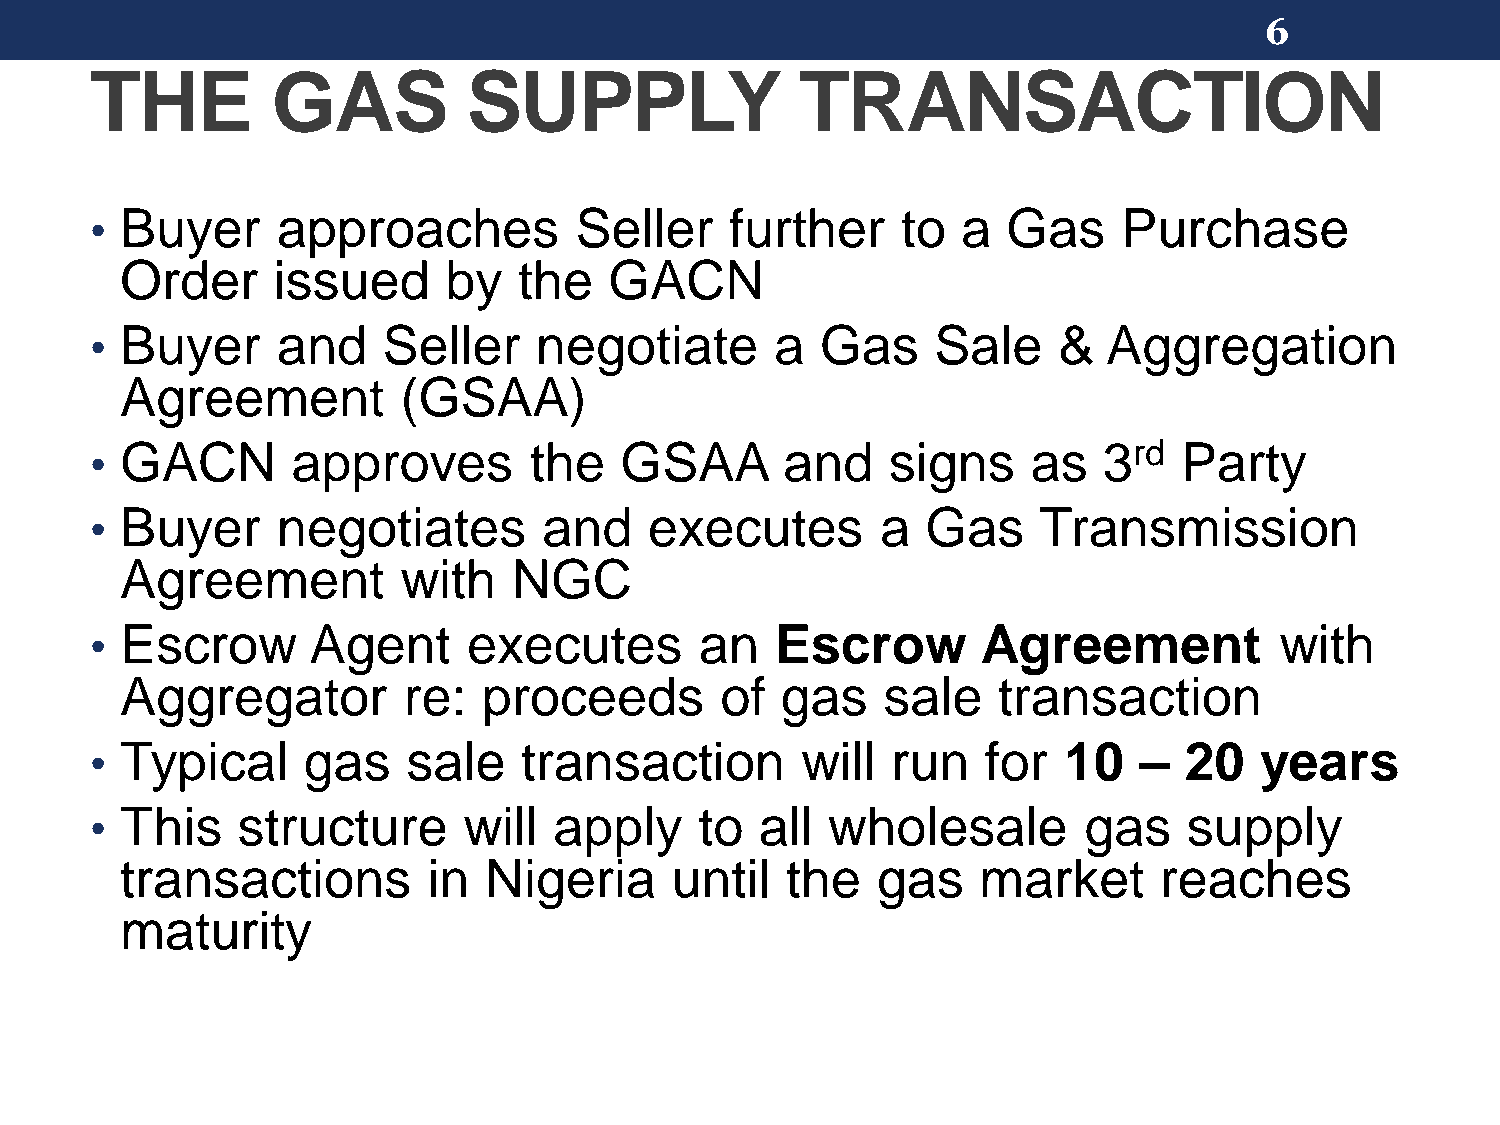
6
 THE         GAS          SUPPLY                TRANSACTION
 Buyer     approaches          Seller    further     to  a  Gas    Purchase
 •
 Order     issued     by   the   GACN
 Buyer     and    Seller    negotiate       a  Gas     Sale    &  Aggregation
 •
 Agreement          (GSAA)
 GACN       approves        the   GSAA       and    signs    as   3rd  Party
 •
 Buyer     negotiates        and    executes       a  Gas     Transmission
 •
 Agreement          with   NGC
 Escrow      Agent      executes       an   Escrow        Agreement           with
 •
 Aggregator         re:  proceeds        of  gas   sale    transaction
 Typical     gas    sale   transaction        will  run   for  10   –  20   years
 •
 This    structure      will  apply    to  all  wholesale        gas    supply
 •
 transactions        in  Nigeria     until   the   gas    market      reaches
 maturity